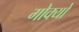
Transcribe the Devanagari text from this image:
गोक्यो